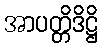
အာပတ္တိဒိဋ္ဌိ